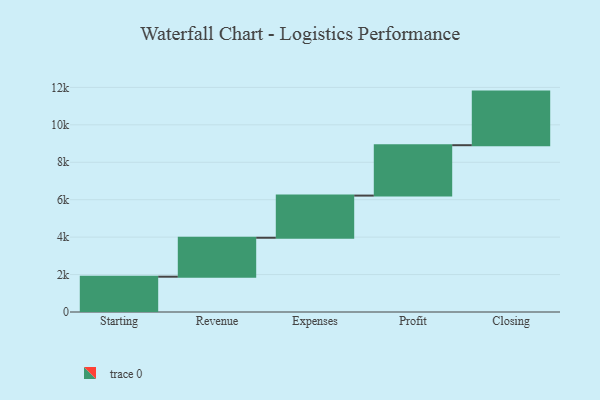
{"axis": {"x": "Step", "y": "Value"}, "legend": [""], "data": [{"x": "Starting", "y": 1886.0, "type": ""}, {"x": "Revenue", "y": 2081.0, "type": ""}, {"x": "Expenses", "y": 2253.0, "type": ""}, {"x": "Profit", "y": 2692.0, "type": ""}, {"x": "Closing", "y": 2864.0, "type": ""}]}